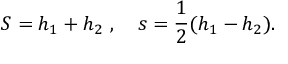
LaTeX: S = h _ { 1 } + h _ { 2 } \ , \quad s = { \frac { 1 } { 2 } } ( h _ { 1 } - h _ { 2 } ) .